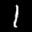
Label: 1